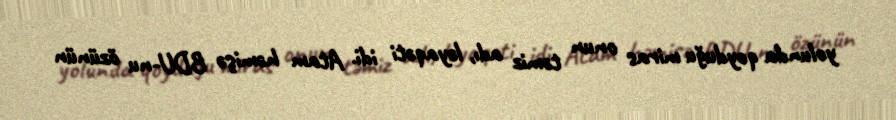
yolunda qoyduğu miras onun təmiz adı, ləyaqəti idi. Atam həmişə BDU-nu özünün